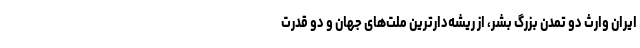
ایران وارث دو تمدن بزرگ بشر، از ریشه‌دارترین ملت‌های جهان و دو قدرت